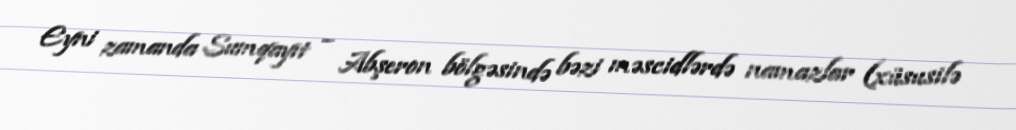
Eyni zamanda Sumqayıt – Abşeron bölgəsində bəzi məscidlərdə namazlar (xüsusilə